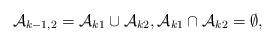
LaTeX: \begin{align*}\mathcal A_{k-1, 2}=\mathcal A_{k1}\cup \mathcal A_{k2},\mathcal A_{k1}\cap \mathcal A_{k2}=\emptyset,\end{align*}